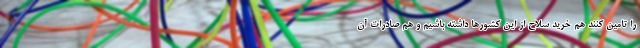
را تامین کنند هم خرید سلاح از این کشورها داشته باشیم و هم صادرات آن